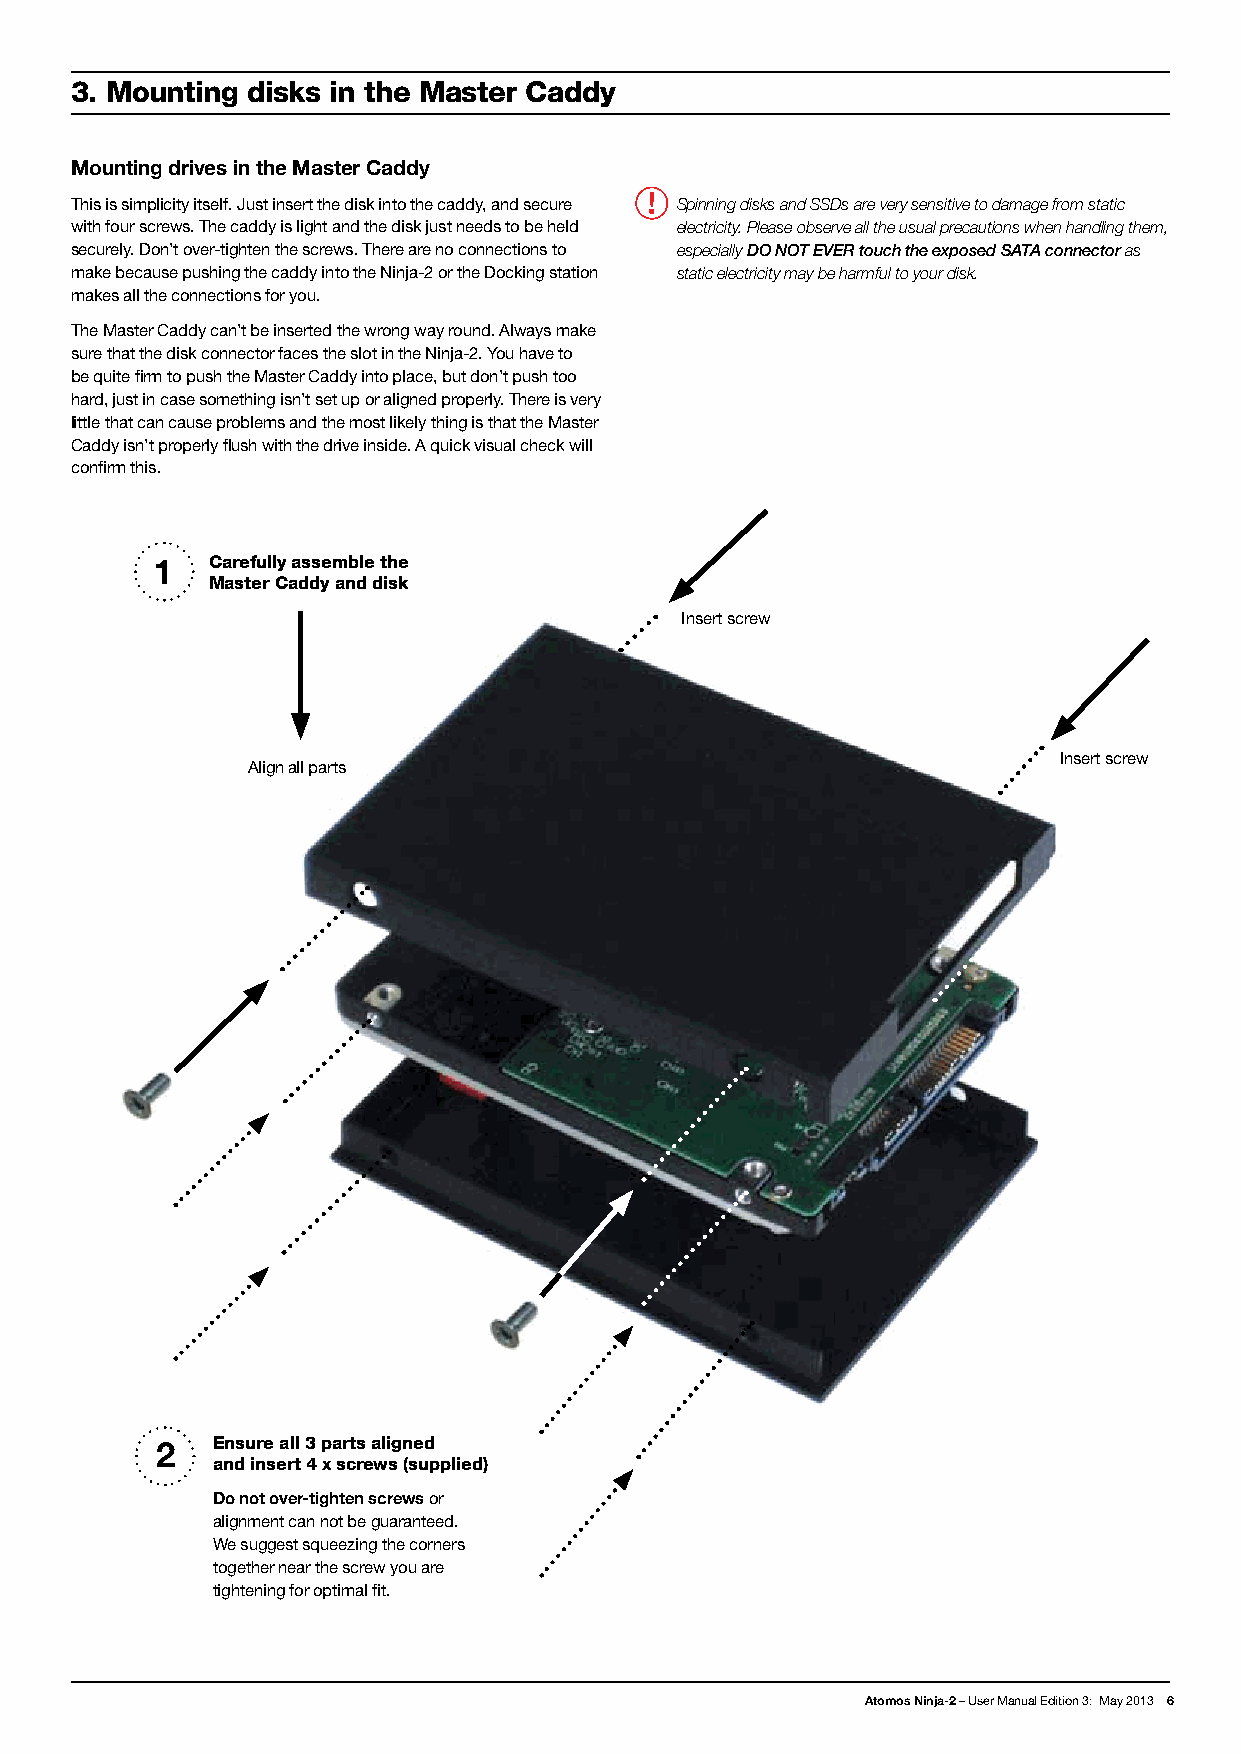
3. Mounting disks in the Master Caddy
 Mounting drives in the Master Caddy
 This is simplicity itself. Just insert the disk into the caddy, and secure Spinning disks and SSDs are very sensitive to damage from static
 with four screws. The caddy is light and the disk just needs to be held electricity. Please observe all the usual precautions when handling them,
 securely. Don’t over-tighten the screws. There are no connections to especially DO NOT EVER touch the exposed SATA connector as
 make because pushing the caddy into the Ninja-2 or the Docking station static electricity may be harmful to your disk.
 makes all the connections for you.
 The Master Caddy can’t be inserted the wrong way round. Always make
 sure that the disk connector faces the slot in the Ninja-2. You have to
 be quite firm to push the Master Caddy into place, but don’t push too
 hard, just in case something isn’t set up or aligned properly. There is very
 little that can cause problems and the most likely thing is that the Master
 Caddy isn’t properly flush with the drive inside. A quick visual check will
 confirm this.
 1   Carefully assemble the
 Master Caddy and disk
 Insert screw
 Insert screw
 Align all parts
 2   Ensure all 3 parts aligned
 and insert 4 x screws (supplied)
 Do not over-tighten screws or
 alignment can not be guaranteed.
 We suggest squeezing the corners
 together near the screw you are
 tightening for optimal fit.
 Atomos Ninja-2 – User Manual Edition 3: May 2013 6